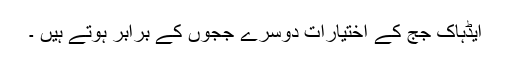
ایڈہاک جج کے اختیارات دوسرے ججوں کے برابر ہوتے ہیں ۔